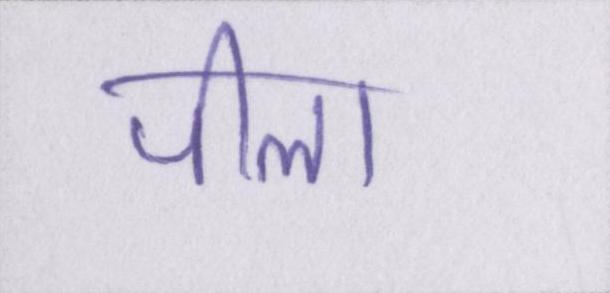
पीला